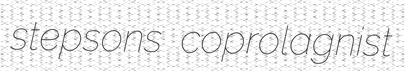
stepsons coprolagnist